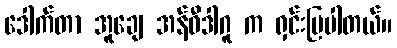
ဒေါက်တာ အူချေ အန်ဝီဒါဂူ က ရှင်းပြပါတယ်။